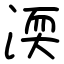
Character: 渜